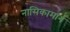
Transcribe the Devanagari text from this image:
नासिकामार्ग